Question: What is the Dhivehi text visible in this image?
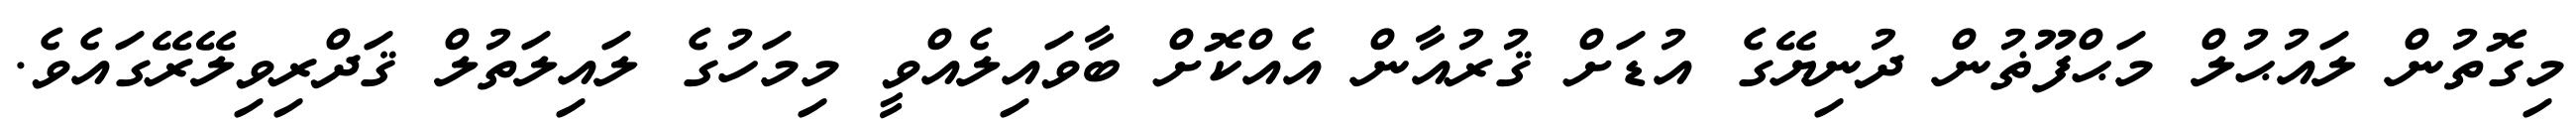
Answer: މިގޮތުން ލައުޙުލް މަޙްފޫޡުން ދުނިޔޭގެ އުޑަށް ޤުރުއާން އެއްކޮށް ބާވައިލެއްވީ މިމަހުގެ ލައިލަތުލް ޤަދްރިވިލޭރޭގައެވެ.